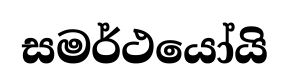
සමර්ථයෝයි